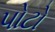
પોટો